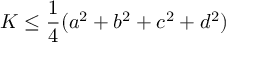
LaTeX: K \leq { \frac { 1 } { 4 } } ( a ^ { 2 } + b ^ { 2 } + c ^ { 2 } + d ^ { 2 } )